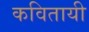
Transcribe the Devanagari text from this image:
कवितायी